Civil Veterinary Dept. Bombay admin report 1893-99 - 1893-1899
Year: 1893
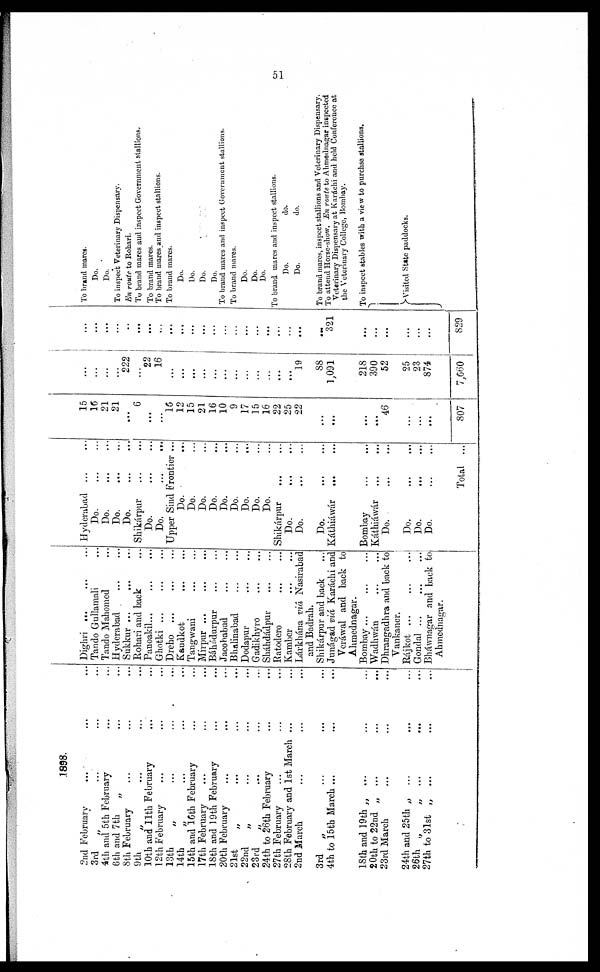
51
1898.
2nd February … … …
3rd
„ … … …
4th and 5th February … … …
6th and 7th
„ … …
8th February … … …
9th
„ … … …
10th and 11th February
12th February … … …
13th
„ … … …
14th
„ … … …
15th and 16th February … …
17th February
18th and 19th February … …
20th February … … …
21st
„ … … …
22nd
„ … … …
23rd
„ … … …
24th to 26th February … …
27th February … … …
28th February and 1st March ... …
2nd March … … …
3rd
„ … … …
4th to 15th March ...
18th and 19th „
... … …
20th to 22nd „ ... … …
23rd March
24th and 25th „
... … …
26th „
„
... … …
27th to 31st „
... … …
Dighri … … …
Tando Gullamali …
Tando Mahomed …
Hyderabad
Sukkur ... … …
Rohari and back …
Panoakil … … …
Ghotki … … …
Dreho … … …
Kandkot … …
Tangwani … …
Mirpur ... … …
Báhádurpur … …
Jacobabad … …
Bhalinabad … …
Dodapur … …
Gadikhyro … …
Sháhdádpur … …
Ratodero … …
Kamber … …
Lárkhána viâ Nasirabad
and Badrah.
Shikárpur and back
Junágad viá, Karáchi and
Veráwal and back to
Ahmednagar.
Bombay ... … …
Wadhwán … …
Dhrangadhra and back to
Vankaner.
Rájkot ...
...
...
Gondal ...
...
...
Bháwnagar and back to
Ahmednagar.
Hyderabad … …
Do. … …
Do. … …
Do. … …
Do. … …
Shikárpur
Do. … …
Do. … …
Upper Sind Frontier ...
Do. …
Do. …
Do. …
Do. …
Do. …
Do. …
Do. …
Do. …
Do. …
Shikárpur … …
Do. … …
Do. … …
Do. … …
Káthiáwár
... …
Bombay … …
Káthiáwár … …
Do. … …
Do. … …
Do. … …
Do. … …
Total ...
15
16
21
21
...
6 ...
...
16
12
15
21
16
10
9
17
15
16
22
25
22
…
...
…
…
46
…
...
...
807
…
…
...
…
222
…
22
16
…
…
…
...
...
...
...
...
…
...
…
…
19
88
1,091
218
390
52
25
23
874
7,660
…
...
...
…
…
...
...
…
...
...
...
...
...
…
…
...
…
...
...
…
...
…
321
...
...
...
...
…
...
829
To brand mares.
Do.
Do.
To inspect Veterinary Dispensary.
En route to Rohari.
To brand mares and inspect Government stallions.
To brand mares.
To brand mares and inspect stallions.
To brand mares.
Do.
Do.
Do.
Do.
To brand mares and inspect Government stallions.
To brand mares.
Do.
Do.
Do.
To brand mares and inspect stallions.
Do.
do.
Do.
do.
To brand mares, inspect stallions and Veterinary Dispensary.
To attend Horse-show. En route to Ahmednagar inspected
Veterinary Dispensary at Karachi and held Conference at
the Veterinary College, Bombay.
To inspect stables with a view to purchse stallions.
Visited State paddocks.